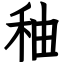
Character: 秞